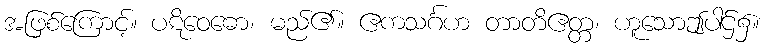
အဖြစ်ကြောင့်။ ပဋိဝေဓော၊ မည်၏။ ဧကသင်္ဂဟ တာတိဧတ္တ၊ ဟူသောဤပါဌ်၌။